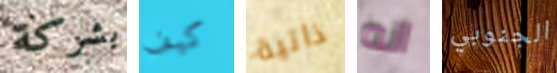
بشركة كيف ذاتية انه الجنوبي